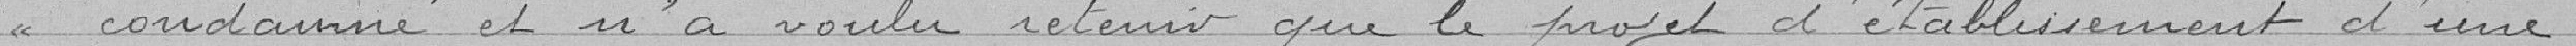
condamné et n'a voulu retenir que le projet d'établissement d'une